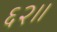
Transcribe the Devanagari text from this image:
६२।।